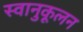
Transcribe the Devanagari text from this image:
स्वानुकूलन